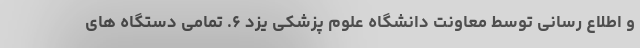
و اطلاع رسانی توسط معاونت دانشگاه علوم پزشکی یزد ۶. تمامی دستگاه های